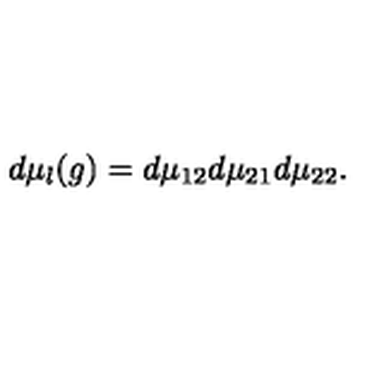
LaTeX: d \mu _ { l } ( g ) = d \mu _ { 1 2 } d \mu _ { 2 1 } d \mu _ { 2 2 } .